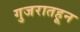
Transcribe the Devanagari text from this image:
गुजरातहून